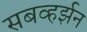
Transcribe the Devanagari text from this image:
सबव्हर्झन